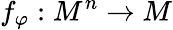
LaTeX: f_{\varphi}:M^{n}\to M